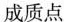
成质点